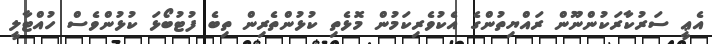
އެޢީ ސަރުކާރަކުންނޫން ރައްޔިތުންގެ އެކުވެރިކަމުން މޮޅެތި ކުޅުންތެރިން ތިބެ ފުޓުބޯޅަ ކުޅުންވެސް ހުއްޓާލީ